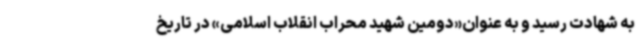
به شهادت رسید و به عنوان«دومین شهید محراب انقلاب اسلامی» در تاریخ